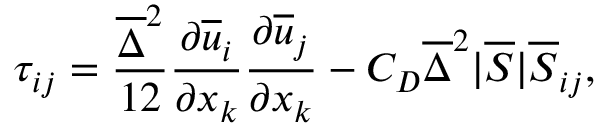
\tau _ { i j } = \frac { \overline { { \Delta } } ^ { 2 } } { 1 2 } \frac { \partial \overline { { u } } _ { i } } { \partial x _ { k } } \frac { \partial \overline { { u } } _ { j } } { \partial x _ { k } } - C _ { D } \overline { { \Delta } } ^ { 2 } | \overline { { S } } | \overline { { S } } _ { i j } ,